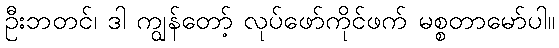
ဦးဘတင်၊ ဒါ ကျွန်တော့် လုပ်ဖော်ကိုင်ဖက် မစ္စတာမော်ပါ။